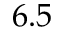
6 . 5